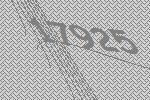
17925